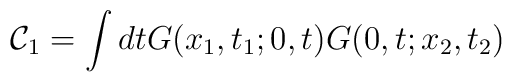
\mathcal{C}_{1}=\int dt G(x_{1},t_{1};0,t)G(0,t;x_{2},t_{2})